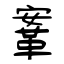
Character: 鞌